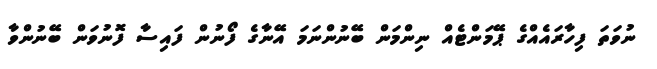
ނުވަތަ ފިހާރައެއްގެ ޕޭމަންޓެއް ނިންމަން ބޭނުންނަމަ އޭނާގެ ފޯނުން ފައިސާ ފޮނުވަން ބޭނުންވާ